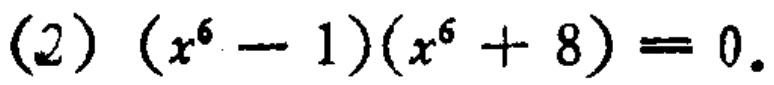
\((2)\ (x^{6}-1)(x^{6}+8)=0.\)